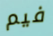
فيم